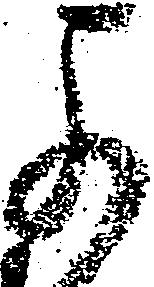
可